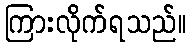
ကြားလိုက်ရသည်။